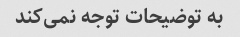
به توضیحات توجه نمی‌کند